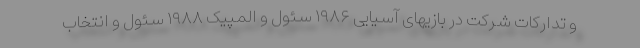
و تدارکات شرکت در بازیهای آسیایی ۱۹۸۶ سئول و المپیک ۱۹۸۸ سئول و انتخاب